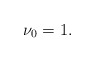
\begin{align*}\nu_0=1.\end{align*}